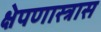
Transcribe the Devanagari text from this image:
क्षेपणास्त्रास